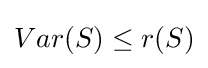
Var(S)\leq r(S)